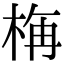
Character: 𣒰